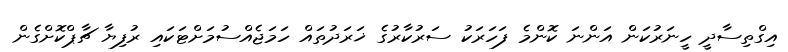
އިގްތިސާދީ ހީނަރުކަން އަންނަ ކޮންމެ ފަހަރަކު ސަރުކާރުގެ ޚަރަދުތައް ހަމަޖެއްސުމަށްޓަކައި ރުފިޔާ ޗާޕްކޮށްގެން